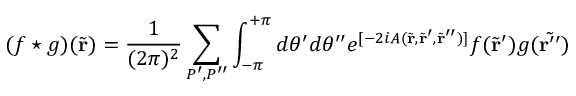
( f \star g ) ( \tilde { \bf r } ) = \frac { 1 } { ( 2 \pi ) ^ { 2 } } \sum _ { P ^ { \prime } , P ^ { \prime \prime } } \int _ { - \pi } ^ { + \pi } d \theta ^ { \prime } d \theta ^ { \prime \prime } e ^ { [ - 2 i A ( \tilde { \bf r } , \tilde { \bf r } ^ { \prime } , \tilde { \bf r } ^ { \prime \prime } ) ] } f ( \tilde { \bf r } ^ { \prime } ) g ( \tilde { \bf r ^ { \prime \prime } } )